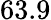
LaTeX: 63.9